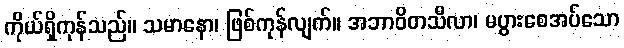
ကိုယ်ရှိကုန်သည်။ သမာနော၊ ဖြစ်ကုန်လျက်။ အဘာဝိတသီလာ၊ မပွားစေအပ်သော